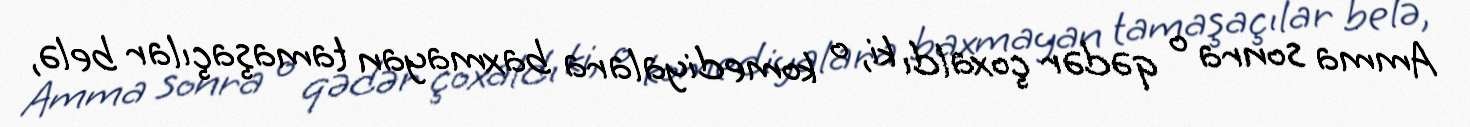
Amma sonra o qədər çoxaldı ki, o komediyalara baxmayan tamaşaçılar belə,